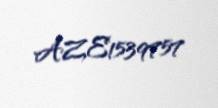
AZE1539757